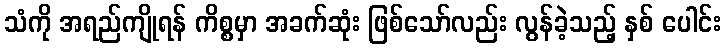
သံကို အရည်ကျိုရန် ကိစ္စမှာ အခက်ဆုံး ဖြစ်သော်လည်း လွန်ခဲ့သည့် နှစ် ပေါင်း